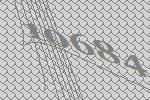
10684